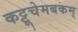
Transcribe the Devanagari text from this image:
कट्टूचेमबकम्